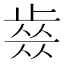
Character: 𣦊